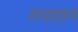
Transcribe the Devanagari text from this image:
तयारान